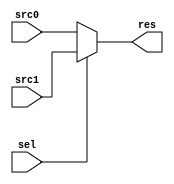
`timescale 1ns / 1ps
//////////////////////////////////////////////////////////////////////////////////
// Company: 
// Engineer: 
// 
// Design Name: 
// Module Name: MUX
// Project Name: 
// Target Devices: 
// Tool Versions: 
// Description: 
// 
// Dependencies: 
// 
// Revision:
// Revision 0.01 - File Created
// Additional Comments:
// 
//////////////////////////////////////////////////////////////////////////////////


module MUX(
    input                   [ 0 : 0 ]   sel,
    input                   [ 31: 0 ]   src0, src1,
    output                  [ 31: 0 ]   res
    );

    assign res = sel ? src1 : src0;

endmodule